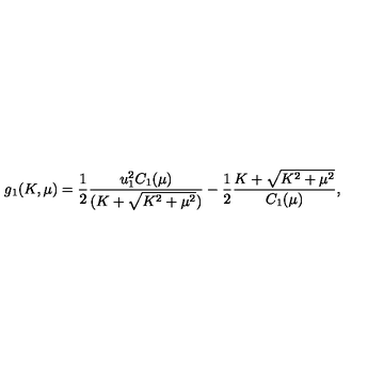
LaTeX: g _ { 1 } ( K , \mu ) = { \frac { 1 } { 2 } } { \frac { u _ { 1 } ^ { 2 } C _ { 1 } ( \mu ) } { ( K + \sqrt { K ^ { 2 } + \mu ^ { 2 } } ) } } - { \frac { 1 } { 2 } } { \frac { K + \sqrt { K ^ { 2 } + \mu ^ { 2 } } } { C _ { 1 } ( \mu ) } } ,